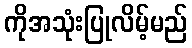
ကိုအသုံးပြုလိမ့်မည်